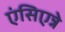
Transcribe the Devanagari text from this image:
एंसिएन्ने